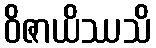
ဝိဇာယိဿသိ